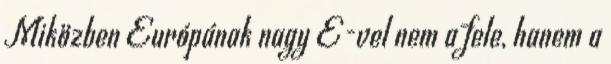
Miközben Európának nagy E-vel nem a fele, hanem a